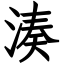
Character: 湊